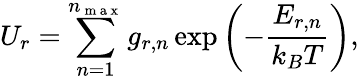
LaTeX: U_{r}=\sum_{n=1}^{n_{\mathrm{~m~a~x~}}}g_{r,n}\exp\left(-\frac{E_{r,n}}{k_{B}T}\right),